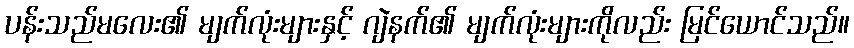
ပန်းသည်မလေး၏ မျက်လုံးများနှင့် ဂျဲနက်၏ မျက်လုံးများကိုလည်း မြင်ယောင်သည်။